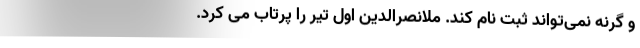
و گرنه نمی‌تواند ثبت نام کند. ملانصرالدین اول تیر را پرتاب می کرد.